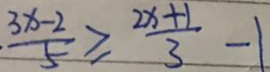
\frac { 3 x - 2 } { 5 } \geq \frac { 2 x + 1 } { 3 } - 1